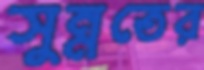
সুন্নতের